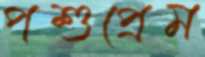
পশুপ্রেম